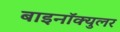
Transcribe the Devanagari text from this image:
बाइनॉक्युलर